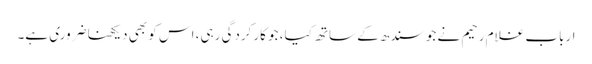
ارباب غلام رحیم نے جو سندھ کے ساتھ کیا، جو کارکردگی رہی، اس کو بھی دیکھنا ضروری ہے۔